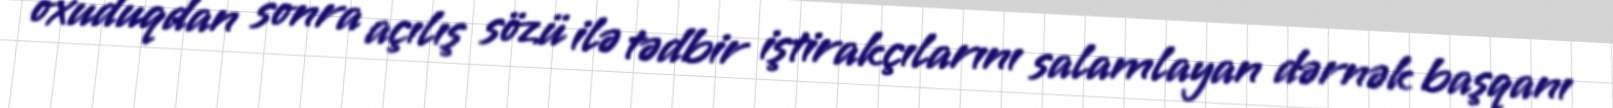
oxuduqdan sonra açılış sözü ilə tədbir iştirakçılarını salamlayan dərnək başqanı